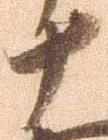
十